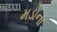
મડોના